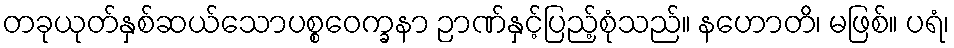
တခုယုတ်နှစ်ဆယ်သောပစ္စဝေက္ခနာ ဉာဏ်နှင့်ပြည့်စုံသည်။ နဟောတိ၊ မဖြစ်။ ပရံ၊